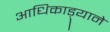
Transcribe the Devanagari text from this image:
आधिकाड़्याने